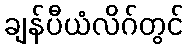
ချန်ပီယံလိဂ်တွင်